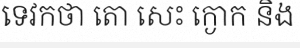
ទេវកថា តោ សេះ ក្ងោក និង